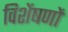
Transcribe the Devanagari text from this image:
विशेंषणों